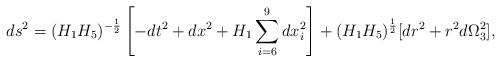
LaTeX: \begin{align*}ds^2 = (H_1 H_5)^{-\frac{1}{2}} \left [ -dt^2 + dx^2 + H_1 \sum_{i=6}^{9} dx_i^2 \right ] + (H_1 H_5)^{\frac{1}{2}} [ dr^2 + r^2 d\Omega_3^2 ],\end{align*}